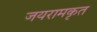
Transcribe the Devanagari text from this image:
जयरामकृत